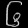
Digit: ၆